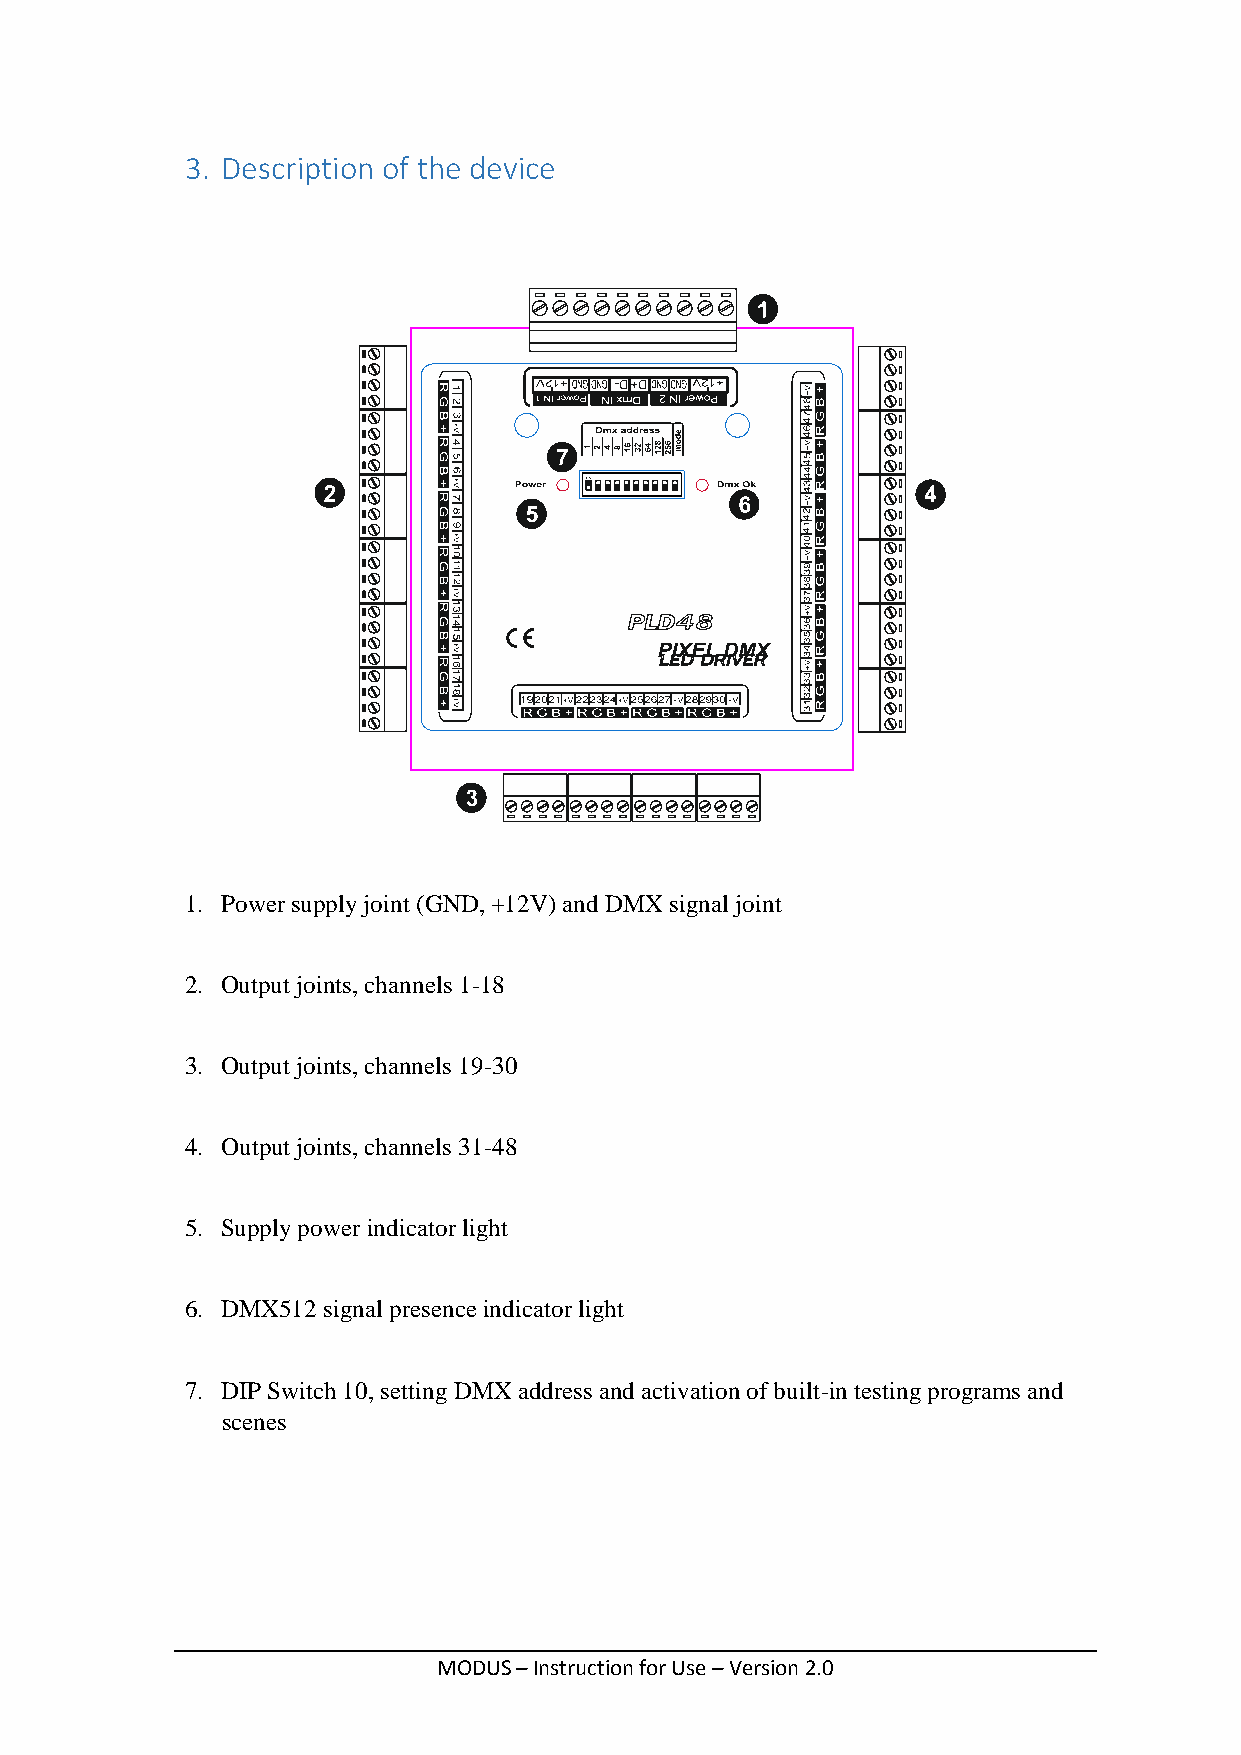
3. Description of the device
 1. Power supply joint (GND, +12V) and DMX signal joint
 2. Output joints, channels 1-18
 3. Output joints, channels 19-30
 4. Output joints, channels 31-48
 5. Supply power indicator light
 6. DMX512 signal presence indicator light
 7. DIP Switch 10, setting DMX address and activation of built-in testing programs and
 scenes
 MODUS – Instruction for Use – Version 2.0